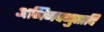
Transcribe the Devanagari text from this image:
अभिनवगुप्तादि